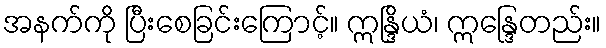
အနက်ကို ပြီးစေခြင်းကြောင့်။ ဣန္ဒြိယံ၊ ဣန္ဒြေတည်း။